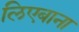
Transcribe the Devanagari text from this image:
लिएबाना